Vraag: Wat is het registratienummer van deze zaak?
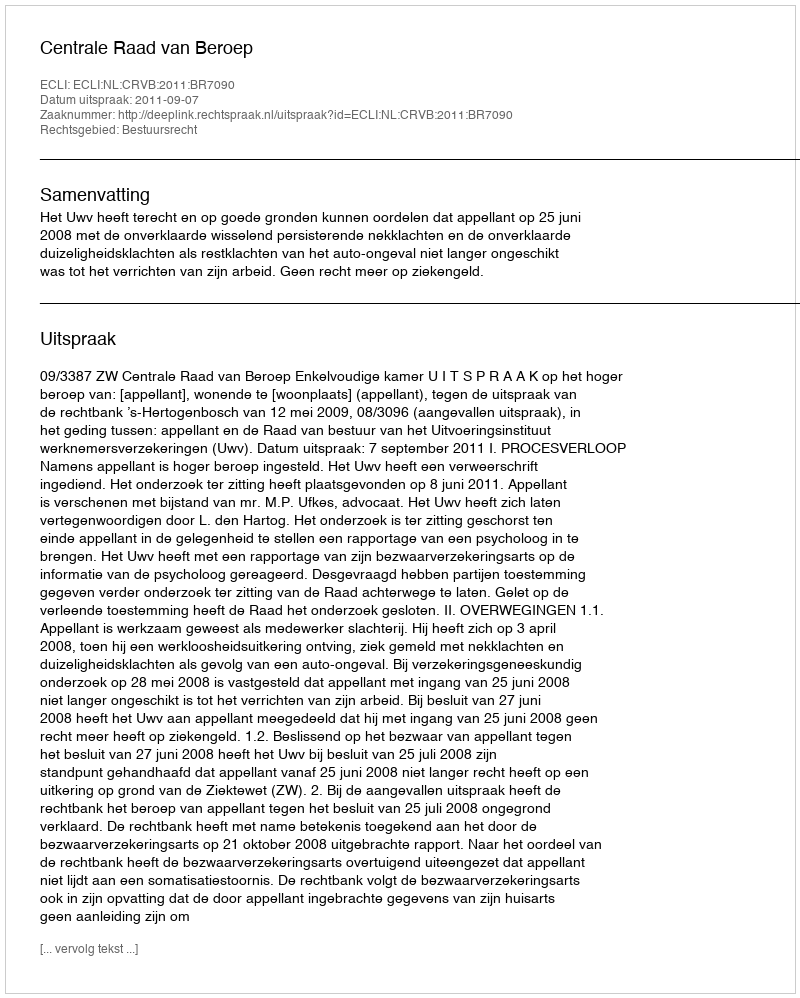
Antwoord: http://deeplink.rechtspraak.nl/uitspraak?id=ECLI:NL:CRVB:2011:BR7090